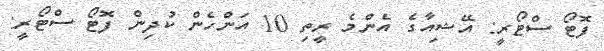
ފޮޓޯ ސްޓޯރީ: އޭޝިއާގެ އެންމެ ރީތި 10 އަންހެން ކުދިން ފޮޓޯ ސްޓޯރީ: